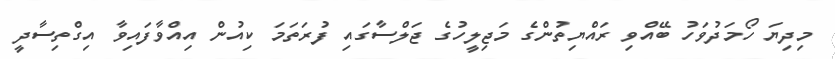
މިދިޔަ ހޯމަދުވަހު ބޭއްވި ރައްޔިތުންގެ މަޖިލީހުގެ ޖަލްސާގައި ފުރަތަމަ ކިއުން އިއްވާފައިވާ އިގްތިސާދީ